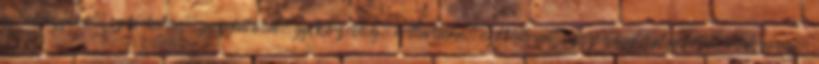
gyömbérgyökér, székrekedéses, gyógyhatással, gyökérzöldség, rosttartalma, csodálatosan, egészségügyi, felgyorsítja, rendszeresen,